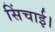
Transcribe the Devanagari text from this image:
सिंचाई।